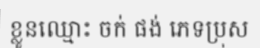
ខ្លូនឈ្មោះ ចក់ ផង់ ភេទប្រុស